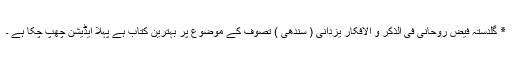
٭ گلدستہ فیض روحانی فی الذکر و الافکار یزدانی ( سندھی ) تصوف کے موضوع پر بہترین کتاب ہے پہلا ایڈیشن چھپ چکا ہے ۔